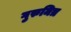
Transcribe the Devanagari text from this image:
गुरुमित्र